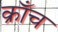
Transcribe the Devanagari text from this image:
क्राँच